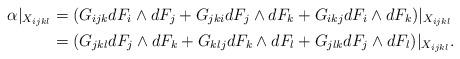
LaTeX: \begin{align*} \alpha|_{X_{ijkl}} &= (G_{ijk}dF_i\wedge dF_j + G_{jki}dF_j\wedge dF_k + G_{ikj}dF_i\wedge dF_k)|_{X_{ijkl}}\\&=(G_{jkl}dF_j\wedge dF_k + G_{klj}dF_k\wedge dF_l + G_{jlk}dF_j\wedge dF_l)|_{X_{ijkl}}. \end{align*}